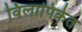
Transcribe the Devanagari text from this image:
विलापिकेत